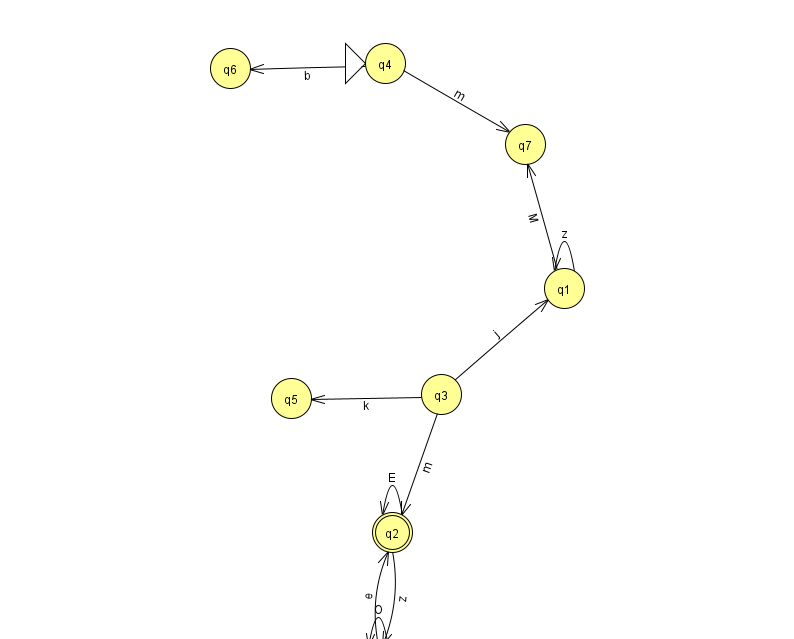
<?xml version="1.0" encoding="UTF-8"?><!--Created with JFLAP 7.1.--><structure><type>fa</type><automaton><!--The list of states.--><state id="0" name="q0"><x>378.0</x><y>651.0</y></state><state id="1" name="q1"><x>564.0</x><y>275.0</y></state><state id="2" name="q2"><x>392.0</x><y>519.0</y><final/></state><state id="3" name="q3"><x>441.0</x><y>381.0</y></state><state id="4" name="q4"><x>385.0</x><y>50.0</y><initial/></state><state id="5" name="q5"><x>291.0</x><y>385.0</y></state><state id="6" name="q6"><x>230.0</x><y>55.0</y></state><state id="7" name="q7"><x>525.0</x><y>131.0</y></state><!--The list of transitions.--><transition><from>2</from><to>0</to><read>z</read></transition><transition><from>1</from><to>7</to><read>M</read></transition><transition><from>3</from><to>1</to><read>j</read></transition><transition><from>3</from><to>5</to><read>k</read></transition><transition><from>4</from><to>7</to><read>m</read></transition><transition><from>2</from><to>2</to><read>E</read></transition><transition><from>4</from><to>6</to><read>b</read></transition><transition><from>1</from><to>1</to><read>z</read></transition><transition><from>3</from><to>2</to><read>m</read></transition><transition><from>0</from><to>2</to><read>e</read></transition><transition><from>0</from><to>0</to><read>O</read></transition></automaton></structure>